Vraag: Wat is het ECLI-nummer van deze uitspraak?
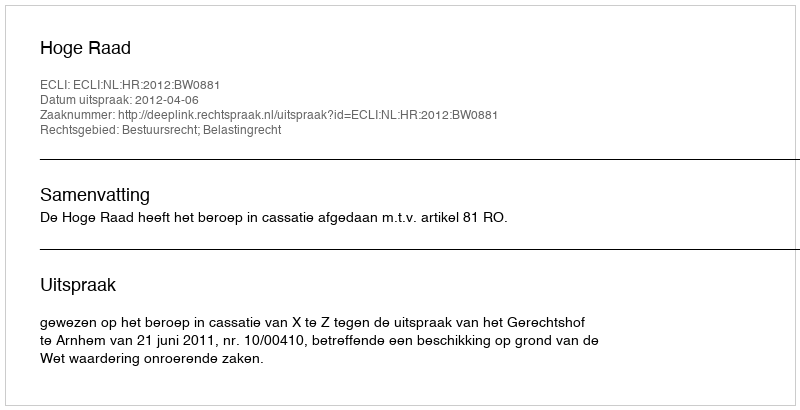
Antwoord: ECLI:NL:HR:2012:BW0881